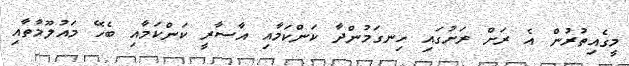
މީގެއިތުރުން އެ ރަށް ރަށުގައި ހިނގަމުންދާ ކަންކަމާއި އާސާރީ ކަންކަމާއި ބެހޭ މައުލޫމާތާއި